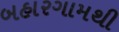
બહારગામથી